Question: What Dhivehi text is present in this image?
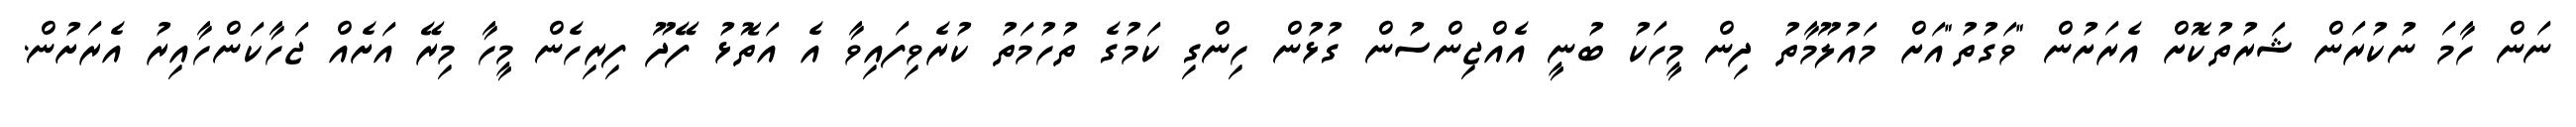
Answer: ނަން ހާމަ ނުކުރަން ޝަރުތުކޮށް އެރަށުން "ވަގުތު"އަށް މައުލޫމާތު ދިން މީހަކު ބުނީ އެއްޖިންސުން ގުޅުން ހިންގި ކަމުގެ ތުހުމަތު ކުރެވިފައިވާ އެ އަތޮޅު ފޭދޫ ފިރިހެން މީހާ މިރޭ އަށެއް ޖަހާކަންހާއިރު އެރަށުން.